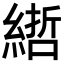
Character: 𦄃